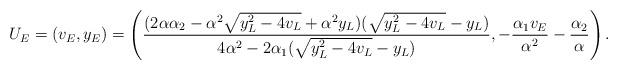
LaTeX: \begin{align*}U_E=(v_E,y_E)=\left(\frac{(2\alpha \alpha_2-\alpha^2\sqrt{y_L^2-4v_L}+\alpha^2 y_L)(\sqrt{y_L^2-4v_L}-y_L)}{4\alpha^2-2\alpha_1(\sqrt{y_L^2-4v_L}-y_L)}, -\frac{\alpha_1 v_E}{\alpha^2}-\frac{\alpha_2}{\alpha} \right).\end{align*}